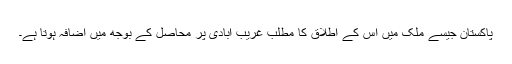
پاکستان جیسے ملک میں اس کے اطلاق کا مطلب غریب آبادی پر محاصل کے بوجھ میں اضافہ ہوتا ہے۔